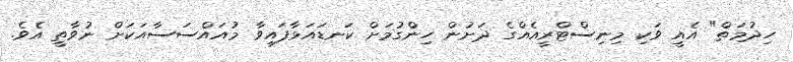
ހިދުމަތް" އެެއީ ވަކި މިނިސްޓްރީއެއްގެ ދަށުން ހިންގުމަށް ކަނޑައަޅާފައިވާ މުއައްސަސާއަކަށް ނުވާތީ އެވެ.